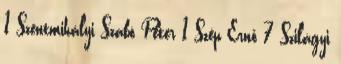
1 Szentmihályi Szabó Péter 1 Szép Ernő 7 Szilágyi